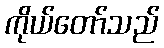
ကိုယ်တော်သည်